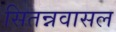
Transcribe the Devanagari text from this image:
सितन्नवासल